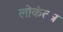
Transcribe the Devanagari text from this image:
लोकंतत्र